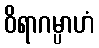
ဝိရာဂမ္ပာဟံ